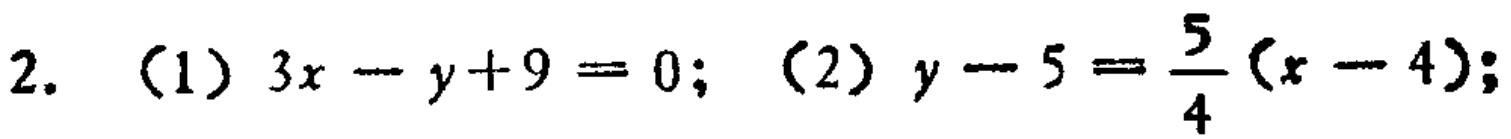
2. （1）\(3x - y + 9 = 0\); （2）\(y - 5 = \frac{5}{4}(x - 4)\);